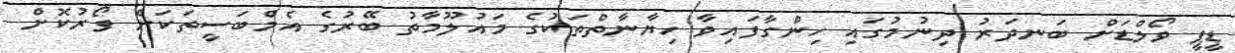
ޑީޕީ ވޯލްޑަށް ބަނދަރު ދިނުމުގައި ހިންގާފައިވާ ހިޔާނާތްތަކުގެ މައުލޫމާތު ބޭރުގެ އެމްބަސީތަކަށް ފޯރުކޮށް